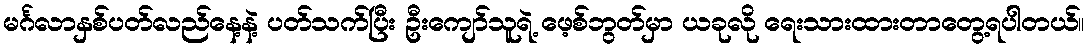
မင်္ဂလာနှစ်ပတ်လည်နေ့နဲ့ ပတ်သက်ပြီး ဦးကျော်သူရဲ့ ဖေ့စ်ဘွတ်မှာ ယခုလို ရေးသားထားတာတွေ့ရပါတယ်။